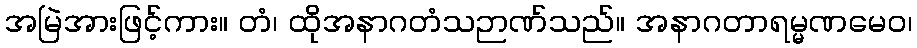
အမြဲအားဖြင့်ကား။ တံ၊ ထိုအနာဂတံသဉာဏ်သည်။ အနာဂတာရမ္မဏမေဝ၊